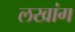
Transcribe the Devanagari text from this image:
लखांग